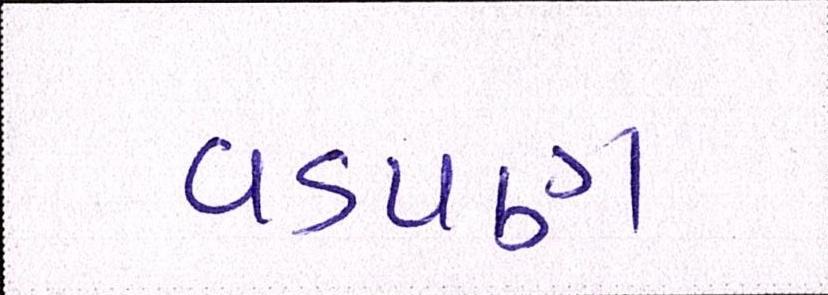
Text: વડપણ